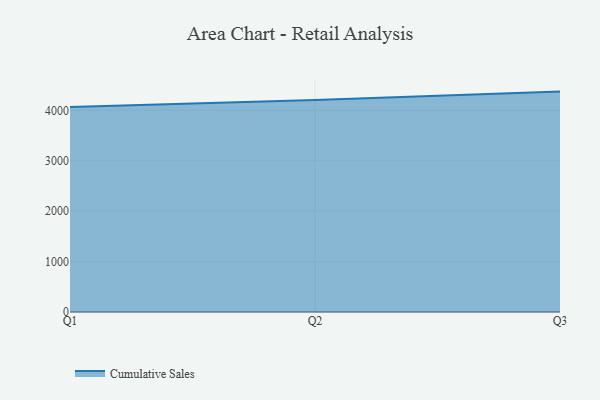
{"axis": {"x": "Quarter", "y": "Production Output"}, "legend": ["Cumulative Sales"], "data": [{"x": "Q1", "y": 4067.3, "type": "Cumulative Sales"}, {"x": "Q2", "y": 4202.1, "type": "Cumulative Sales"}, {"x": "Q3", "y": 4370.8, "type": "Cumulative Sales"}]}